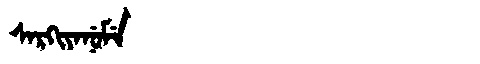
Manchu: ᠰᠠᡵᡴᡳᠶᠠᠨᡠᠮᡝ
Romanization: SARKIYANUME